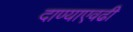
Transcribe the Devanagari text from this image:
दाण्याएवढी